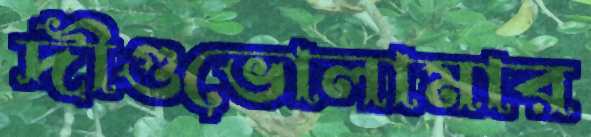
দীগুভোলামার